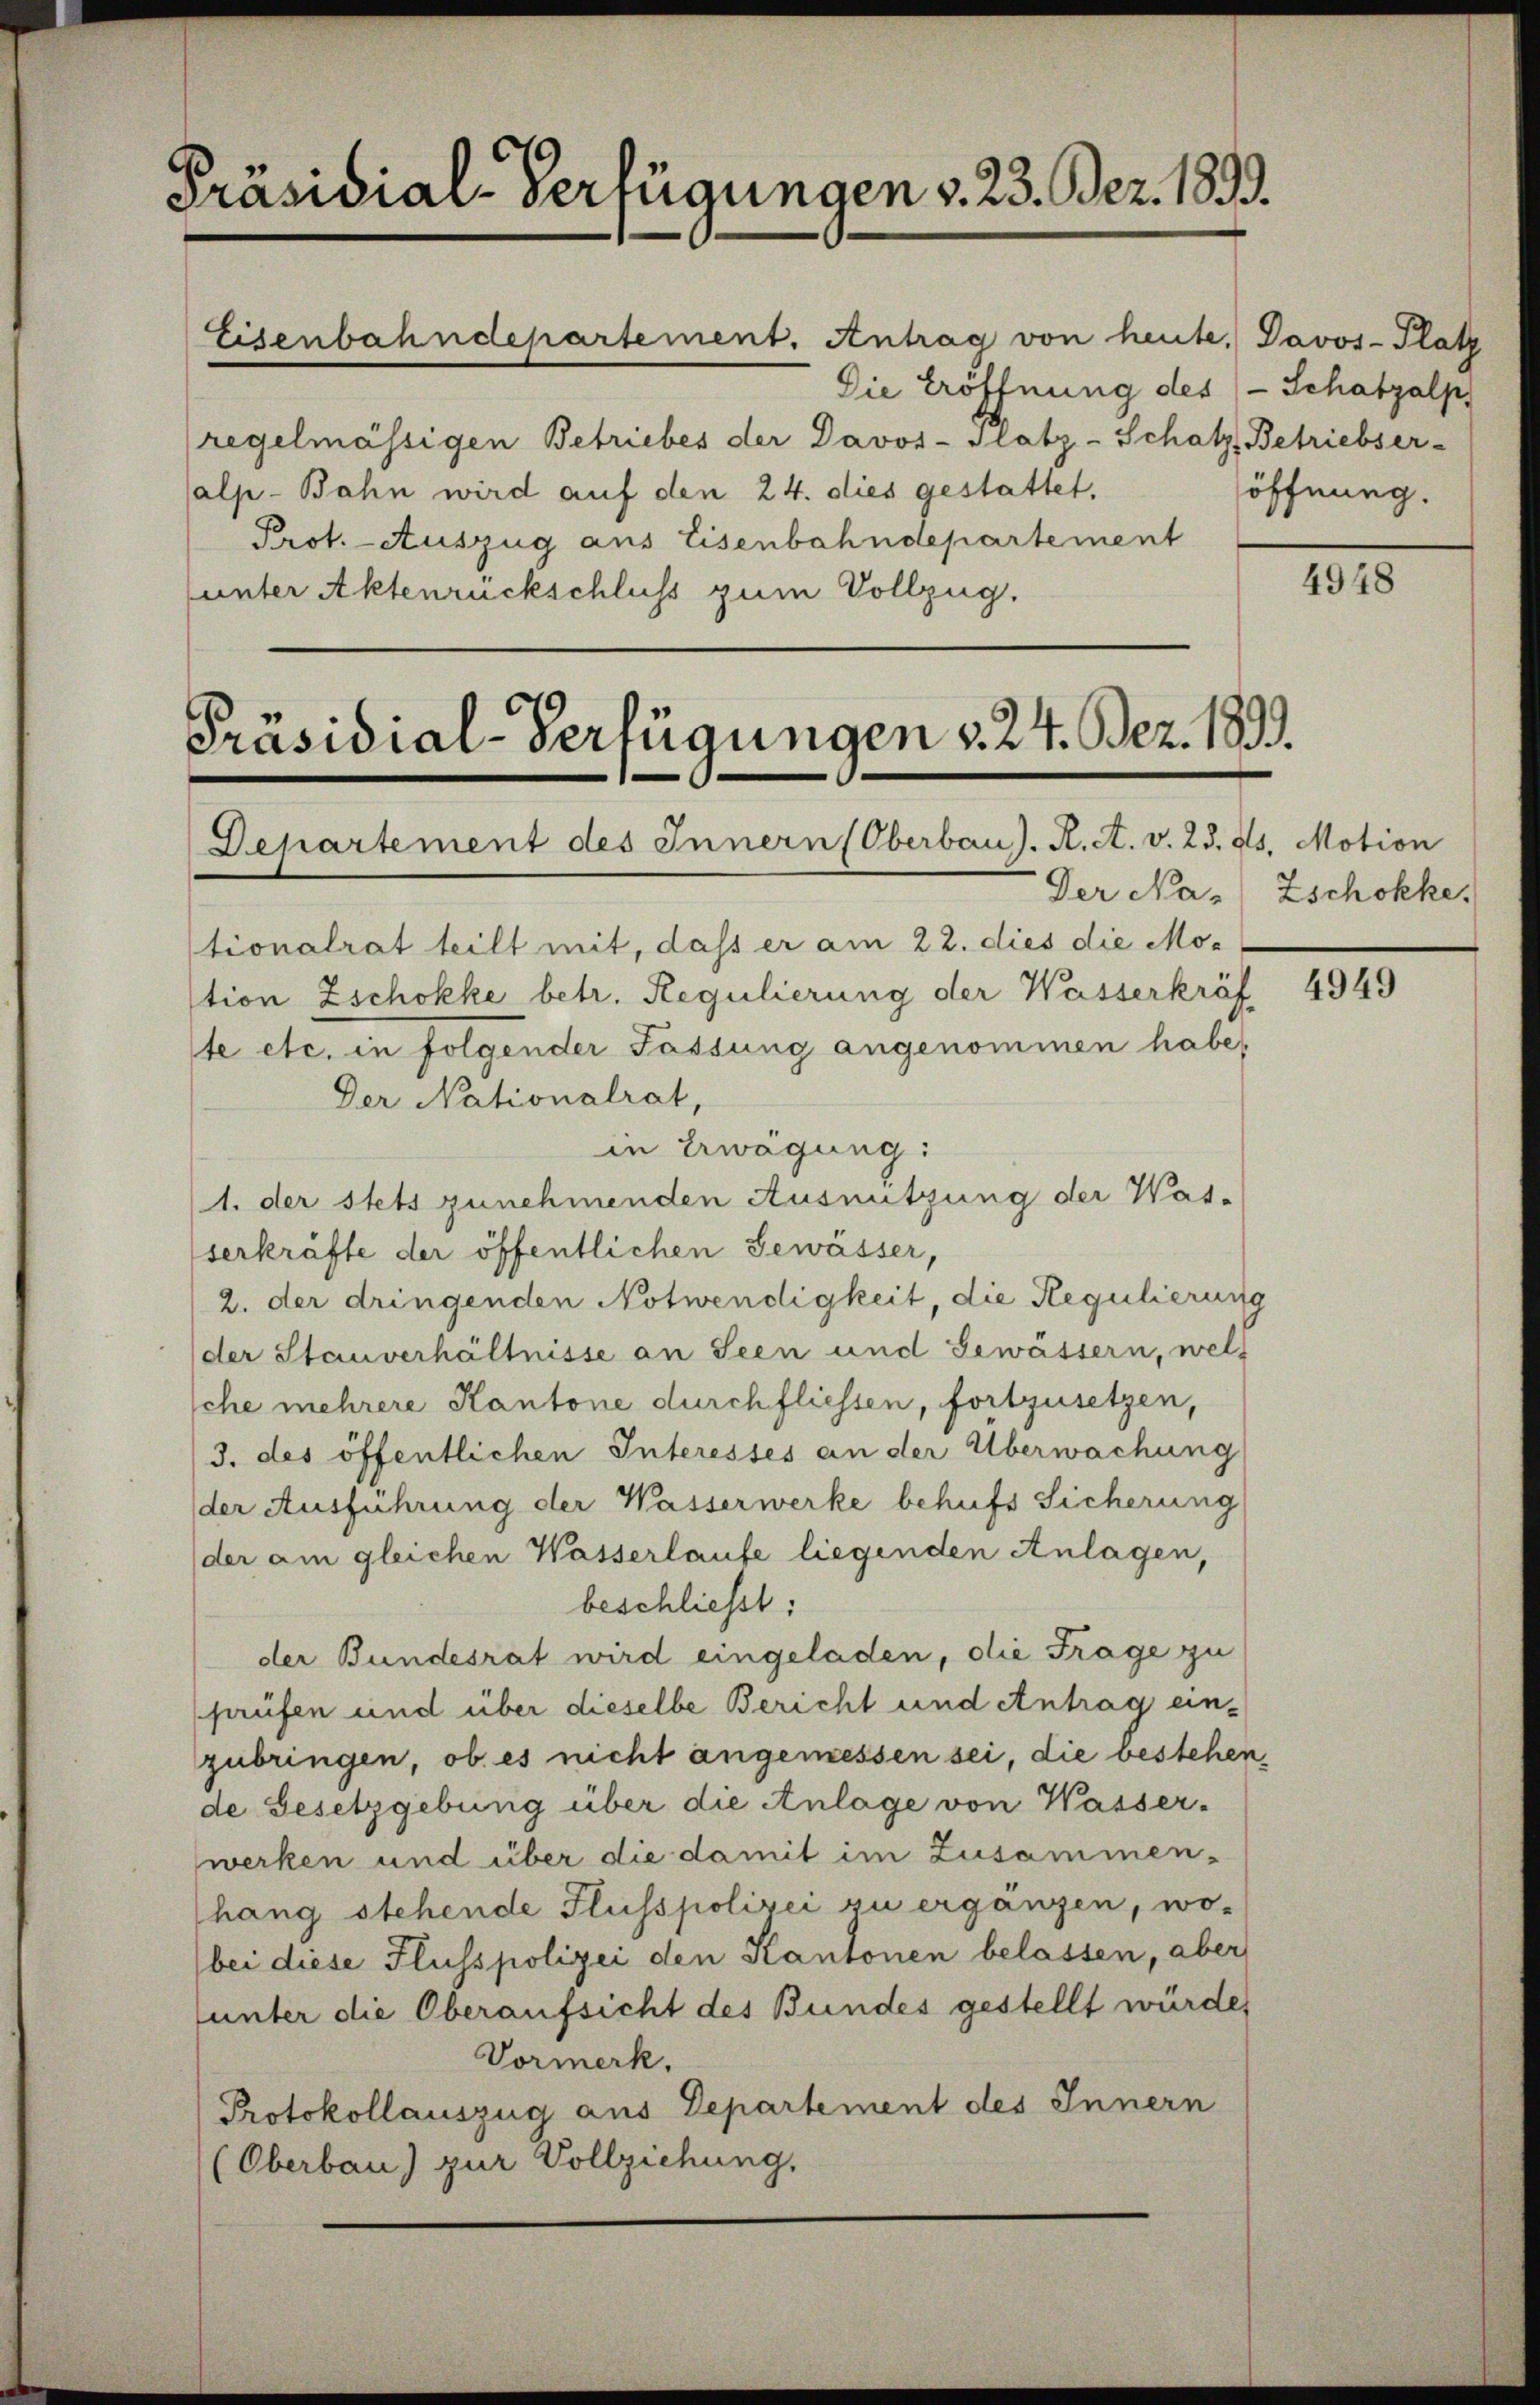
Präsidial-Verfügungen v. 23. Bez. 1893.

Eisenbahndepartement. Antrag von heute. Davos- Platz
Die Eröffnung des - Schatzalp
regelmässigen Betriebes der Davos- Platz-Schatz, Betriebser-
alp-Bahn wird auf den 24. dies gestattet,
Prot. - Auszug aus Eisenbahndepartement
(unter Aktenrückschluss zum Vollzug.

Präsidial-Verfügungen v. 24. Bez. 1899.
Departement des Innern Oberbau). K. A. v. 23. ds. Motion

tionalrat teilt mit, daß er am 22. dies die Motion Zschokke betr. Regulierung der Wasserkräf
ste etc. in folgender Fassung angenommen habe,
Der Nationalrat,
in Erwägung:
1. der stets zunehmenden Ausnutzung der Was-
serkräfte der öffentlichen Gewässer,
2. der dringenden Notwendigkeit, die Regulierung
der Stauverhältnisse an Seen und Gewässern, wels
Iche mehrere Kantone durchfliessen, fortzusetzen,
/3. des öffentlichen Interesses an der Überwachung
der Ausführung der Wasserwerke behufs Sicherung
der am gleichen Wasserlaufe liegenden Anlagen,
beschließt:
der Bundesrat wird eingeladen, die Frage zu
prüfen und über dieselbe Bericht und Antrag einzubringen, ob es nicht angemessen sei, die bestehen,
de Gesetzgebung über die Anlage von Wasser-
werken und über die damit im Zusammen-
hang stehende Fluss polizei zu ergänzen, wo-
bei diese Fluss polizei den Kantonen belassen, aber
unter die Oberaufsicht des Bundes gestellt würde,
Vormerk.
Protokollauszug aus Departement des Innern
(Oberbau) zur Vollziehung,

öffnung.

4948

Der Na- Zschokke,

4949